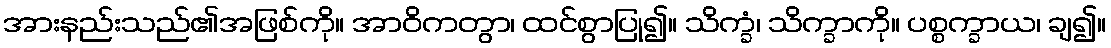
အားနည်းသည်၏အဖြစ်ကို။ အာဝိကတွာ၊ ထင်စွာပြု၍။ သိက္ခံ၊ သိက္ခာကို။ ပစ္စက္ခာယ၊ ချ၍။